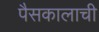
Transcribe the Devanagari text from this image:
पैसकालाची